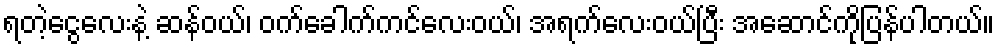
ရတဲ့ငွေလေးနဲ့ ဆန်ဝယ်၊ ဝက်ခေါက်ကင်လေးဝယ်၊ အရက်လေးဝယ်ပြီး အဆောင်ကိုပြန်ပါတယ်။